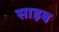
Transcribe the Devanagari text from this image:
साइब